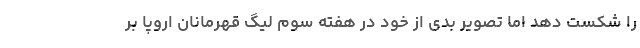
را شکست دهد اما تصویر بدی از خود در هفته سوم لیگ قهرمانان اروپا بر